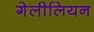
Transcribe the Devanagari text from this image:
गेलीलियन